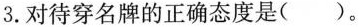
3.对待穿名牌的正确态度是()。